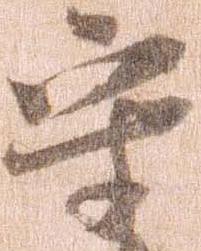
守